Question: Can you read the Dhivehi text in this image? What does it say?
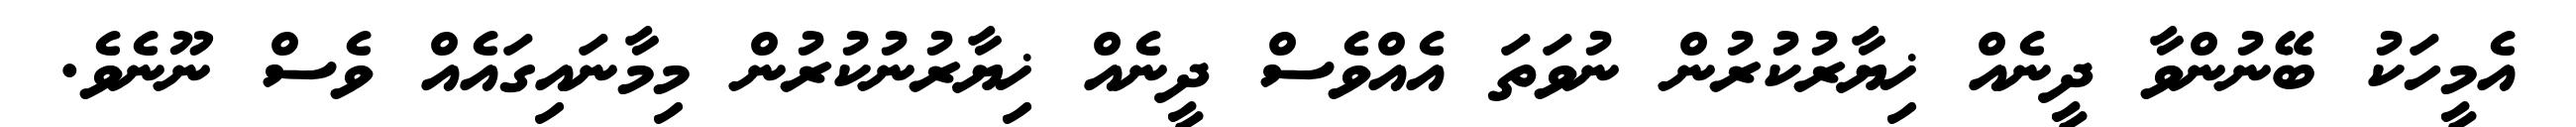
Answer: އެމީހަކު ބޭނުންވާ ދީނެއް ޚިޔާރުކުރުން ނުވަތަ އެއްވެސް ދީނެއް ޚިޔާރުނުކުރުން މިމާނައިގައެއް ވެސް ނޫނެވެ.